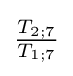
{\tfrac {T_{2;7}}{T_{1;7}}}